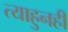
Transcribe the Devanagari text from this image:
त्याहुनही